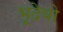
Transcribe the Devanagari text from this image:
भूदेवो